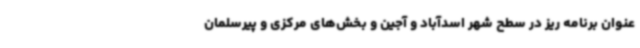
عنوان برنامه ریز در سطح شهر اسدآباد و آجین و بخش‌های مرکزی و پیرسلمان